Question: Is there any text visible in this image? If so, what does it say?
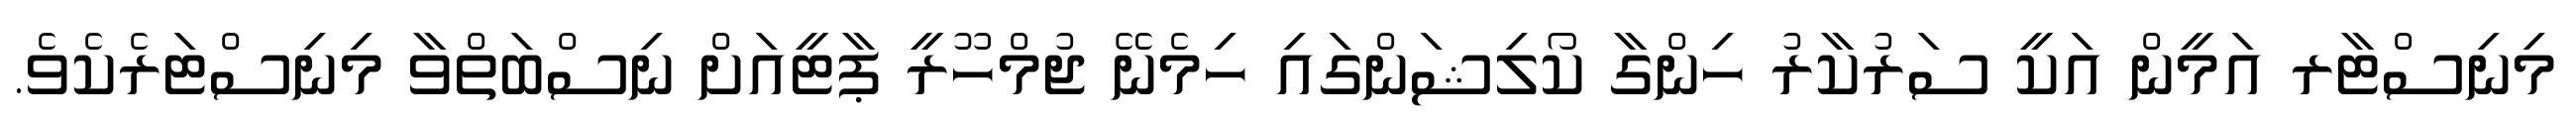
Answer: މިނިސްޓާރ އަމީން އަކީ ސަރުކާރު ހިންގާ ކޯލިޝަންގައި ހިމެނޭ ޖުމްހޫރީ ޕާޓީއަށް ނިސްބަތްވާ މިނިސްޓަރެކެވެ.